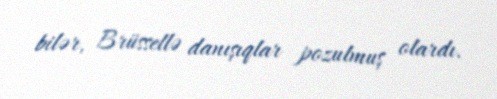
bilər, Brüssellə danışıqlar pozulmuş olardı.